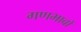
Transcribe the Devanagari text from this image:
गणभावों